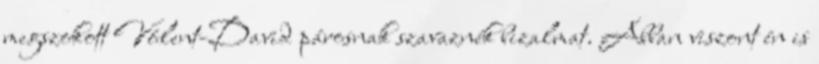
megszokott Vólent-David párosnak szavaznék bizalmat. Abban viszont én is